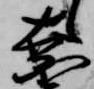
奈